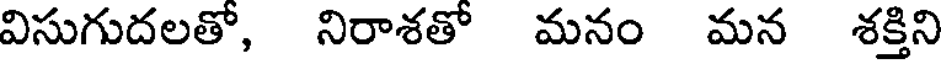
విసుగుదలతో, నిరాశతో మనం మన శక్తిని